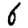
Digit: 6